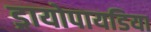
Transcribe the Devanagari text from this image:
ड्रायोपायडिया